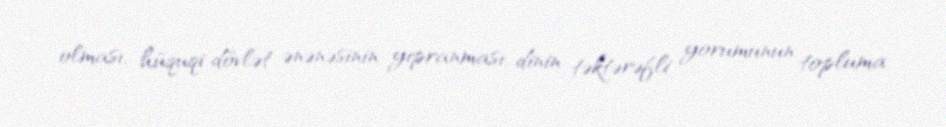
olması, hüquqi dövlət ənənəsinin yıpranması, dinin təktərəfli yorumunun topluma